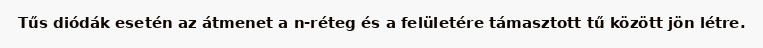
Tűs diódák esetén az átmenet a n-réteg és a felületére támasztott tű között jön létre.